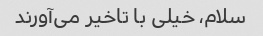
سلام، خیلی با تاخیر می‌آورند